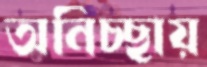
অনিচ্ছায়